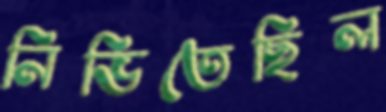
নিভিতেছিল